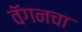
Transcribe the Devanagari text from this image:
वॅगनचा